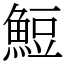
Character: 䱏